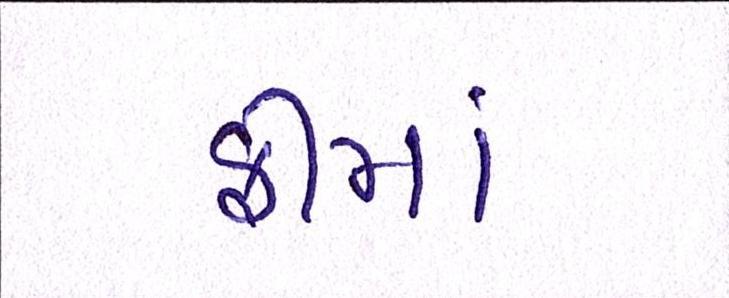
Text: ફીમાં